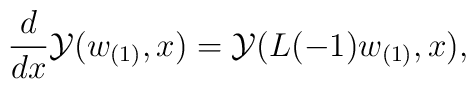
{d\over dx}{\cal Y}(w_{(1)},x) = {\cal Y}(L(-1)w_{(1)},x),